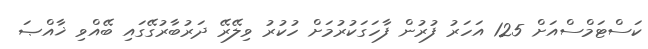
ކަސްޓަމްސްއަށް 125 އަހަރު ފުުރުން ފާހަގަކުރުމަށް ހުކުރު ވިލޭރޭ ދަރުބާރުގޭގައި ބޭއްވި ޚާއްޞަ